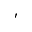
'